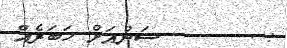
: .       ސަންއަށް ޚަބަރެއް